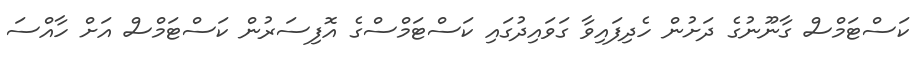
ކަސްޓަމްސް ގާނޫނުގެ ދަށުން ހެދިފައިވާ ގަވައިދުގައި ކަސްޓަމްސްގެ އޮފިސަރުން ކަސްޓަމްސް އަށް ހާއްސަ